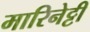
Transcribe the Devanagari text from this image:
मारिनेट्टी